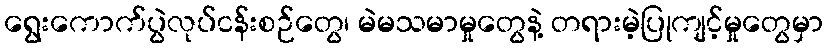
ရွေးကောက်ပွဲလုပ်ငန်းစဉ်တွေ၊ မဲမသမာမှုတွေနဲ့ တရားမဲ့ပြုကျင့်မှုတွေမှာ